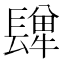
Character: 𨲥